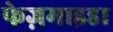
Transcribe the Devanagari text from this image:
फेज़माइडा